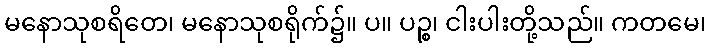
မနောသုစရိတေ၊ မနောသုစရိုက်၌။ ပ။ ပဉ္စ၊ ငါးပါးတို့သည်။ ကတမေ၊